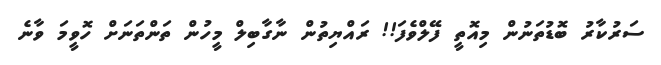
ސަރުކާރު ބޮޑުތަނުން މިއޮތީ ފޭލްވެފަ!! ރައްޔިތުން ނާގާބިލް މީހުން ތަންތަނަށް ހޮވީމަ ވާނެ